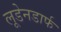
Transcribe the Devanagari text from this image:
लूडेनडार्फ